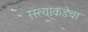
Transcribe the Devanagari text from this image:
रस्त्याकडेचा